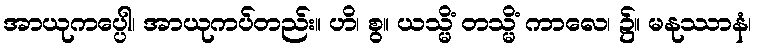
အာယုကပ္ပေါ၊ အာယုကပ်တည်း။ ဟိ၊ စွ။ ယသ္မိံ တသ္မိံ ကာလေ၊ ၌။ မနုဿာနံ၊